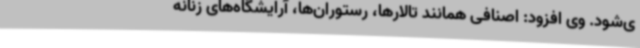
ی‌شود. وی افزود: اصنافی همانند تالارها، رستوران‌ها، آرایشگاه‌های زنانه